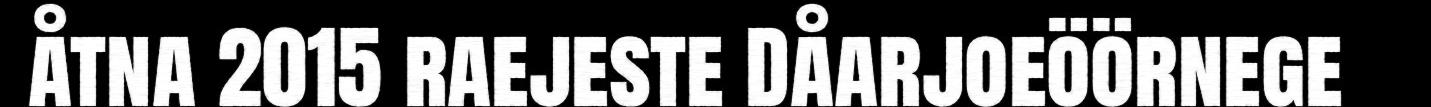
åtna 2015 raejeste Dåarjoeöörnege